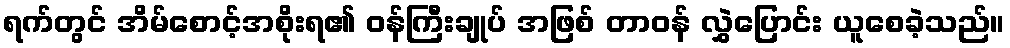
ရက်တွင် အိမ်စောင့်အစိုးရ၏ ဝန်ကြီးချုပ် အဖြစ် တာဝန် လွှဲပြောင်း ယူစေခဲ့သည်။